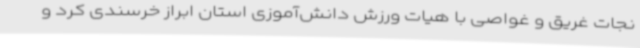
نجات غریق و غواصی با هیات ورزش دانش‌آموزی استان ابراز خرسندی کرد و